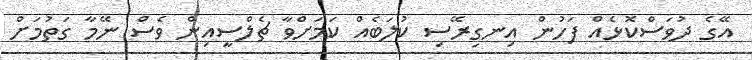
އޭގެ ދުވަސްކޮޅެއް ފަހުން އިނގިރޭސި ކުލަބެއް ކަމަށްވާ ޗެލްސީއިން ވެސް ނޭމާ ގަތުމަށް